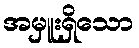
အမှူးရှိသော